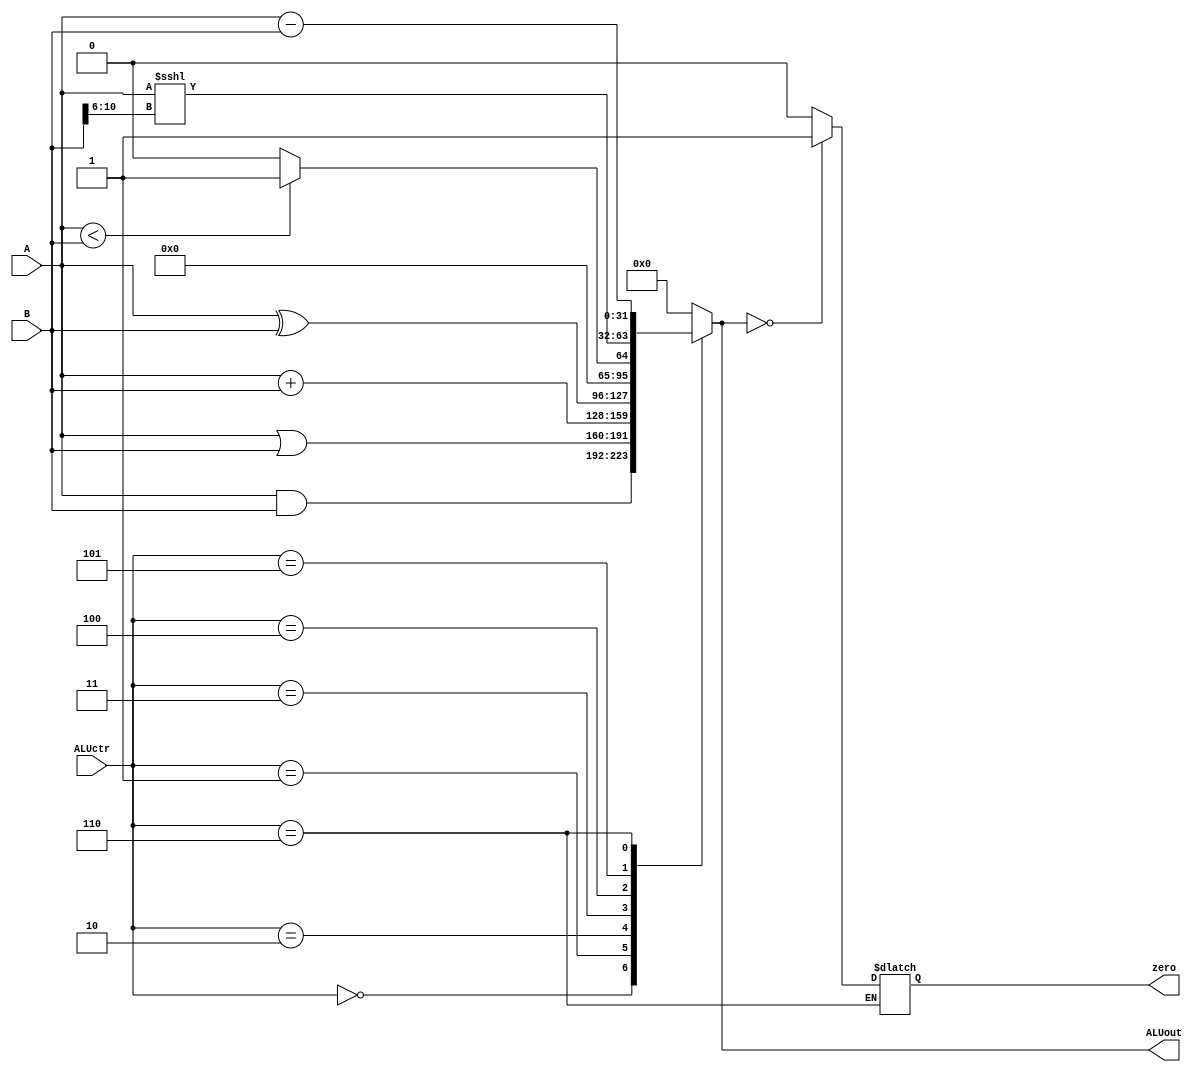
`timescale 1ns / 1ps
//////////////////////////////////////////////////////////////////////////////////
// Company: 
// Engineer: 
// 
// Design Name: 
// Module Name:    alu 
// Project Name: 
// Target Devices: 
// Tool versions: 
// Description: 
//
// Dependencies: 
//
// Revision: 
// Revision 0.01 - File Created
// Additional Comments: 
//
//////////////////////////////////////////////////////////////////////////////////

`define AND 3'b000
`define OR  3'b001
`define ADD 3'b010
`define XOR 3'b011
`define SLT 3'b100
`define SLL 3'b101
`define SUB 3'b110

module alu(
    input [31:0] A,
    input [31:0] B,
    input [2:0] ALUctr,
    output zero,
    output [31:0] ALUout
    );
	 reg ZERO;
	 reg [31:0] out;
	 
	 assign zero = ZERO;
	 assign ALUout = out;
	 
	always @*
		case(ALUctr)
			`AND: out <= A & B;
			`OR : out <= A | B;
			`ADD: out <= A + B;
			`XOR: out <= A ^ B;
			`SLT: out <= $signed(A) < $signed(B) ? 1 : 0;
			`SLL: out <= A <<< B[10:6];
			`SUB: begin 
						out <= A - B; 
						ZERO <= out == 0 ? 1 : 0;
					end
			default: out <= 0;
		endcase	 
		
endmodule